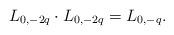
LaTeX: \begin{align*}L_{0,-2q}\cdot L_{0,-2q}=L_{0,-q}.\end{align*}